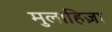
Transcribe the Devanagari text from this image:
मुलाहिज़ा